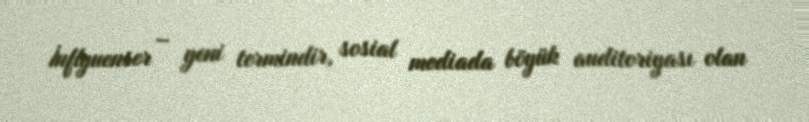
İnflyuenser – yeni termindir, sosial mediada böyük auditoriyası olan